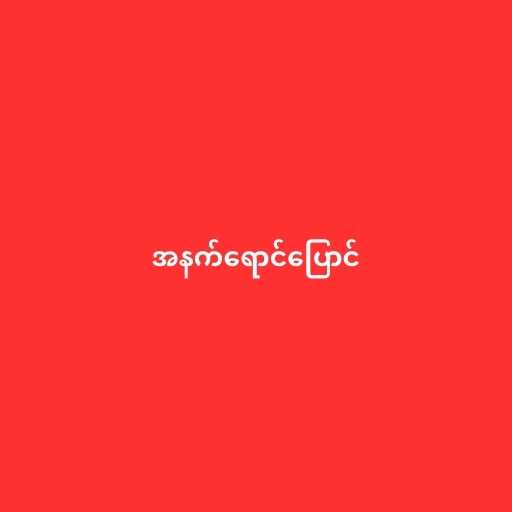
အနက်ရောင်ပြောင်